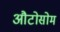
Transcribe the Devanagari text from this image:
औटोसोम